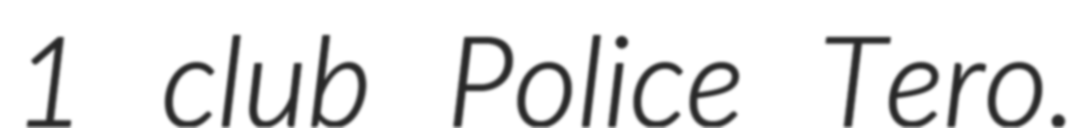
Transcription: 1 club Police Tero.